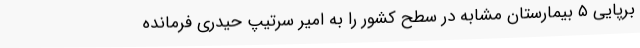
برپایی ۵ بیمارستان مشابه در سطح کشور را به امیر سرتیپ حیدری فرمانده